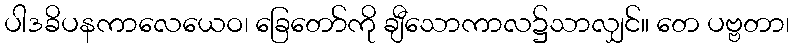
ပါဒခိပနကာလေယေဝ၊ ခြေတော်ကို ချီသောကာလ၌သာလျှင်။ တေ ပဗ္ဗတာ၊